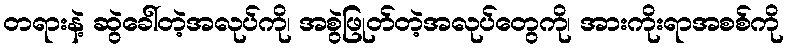
တရားနဲ့ ဆွဲခေါ်တဲ့အလုပ်ကို၊ အစွဲဖြုတ်တဲ့အလုပ်တွေကို၊ အားကိုးရာအစစ်ကို